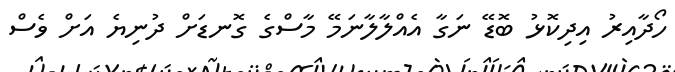
ހޯދާއިރު އިދިކޮޅު ބޮޑޭ ނަގާ އެއްލާލާނަމޭ މާސްގެ ގޮނޑަށް ދުނިޔެ އަށް ވެސް